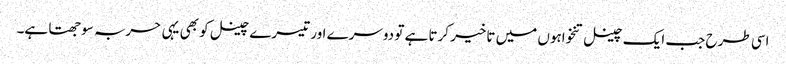
اسی طرح جب ایک چینل تنخواہوں میں تاخیر کرتا ہے تو دوسرے اور تیسرے چینل کو بھی یہی حربہ سوجھتا ہے۔